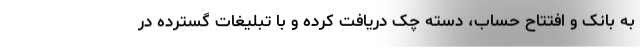
به بانک و افتتاح حساب، دسته چک دریافت کرده و با تبلیغات گسترده در